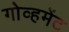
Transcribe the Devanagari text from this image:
गोव्हमेंट